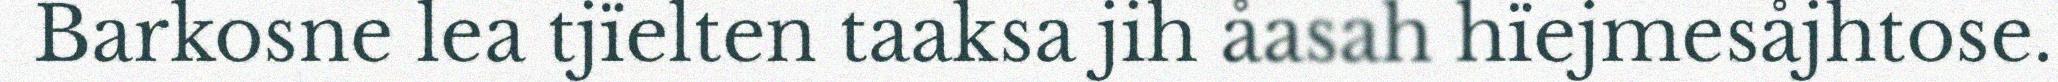
Barkosne lea tjïelten taaksa jih åasah hïejmesåjhtose.